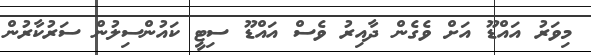
މިވަރު އައްޑޫ އަށް ވެގެން ދާއިރު ވެސް އައްޑޫ ސިޓީ ކައުންސިލުން ސަރުކާރުން